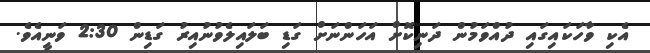
އެކި ވާހަކައިގައި ދުއްވަމުން ދަނިކޮށް އަހަންނަށް ގަޑި ބަލައިލެވުނުއިރު ގަޑިން 2:30 ވަނީއެވެ.